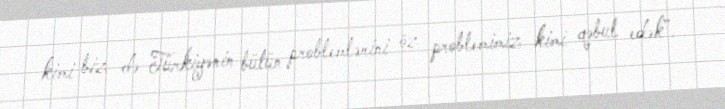
kimi biz də Türkiyənin bütün problemlərini öz problemimiz kimi qəbul edək”.